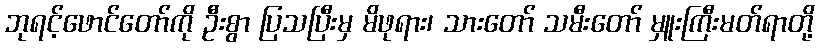
ဘုရင့်ဖောင်တော်ကို ဦးစွာ ပြသပြီးမှ မိဖုရား၊ သားတော် သမီးတော် မှူးကြီးမတ်ရာတို့